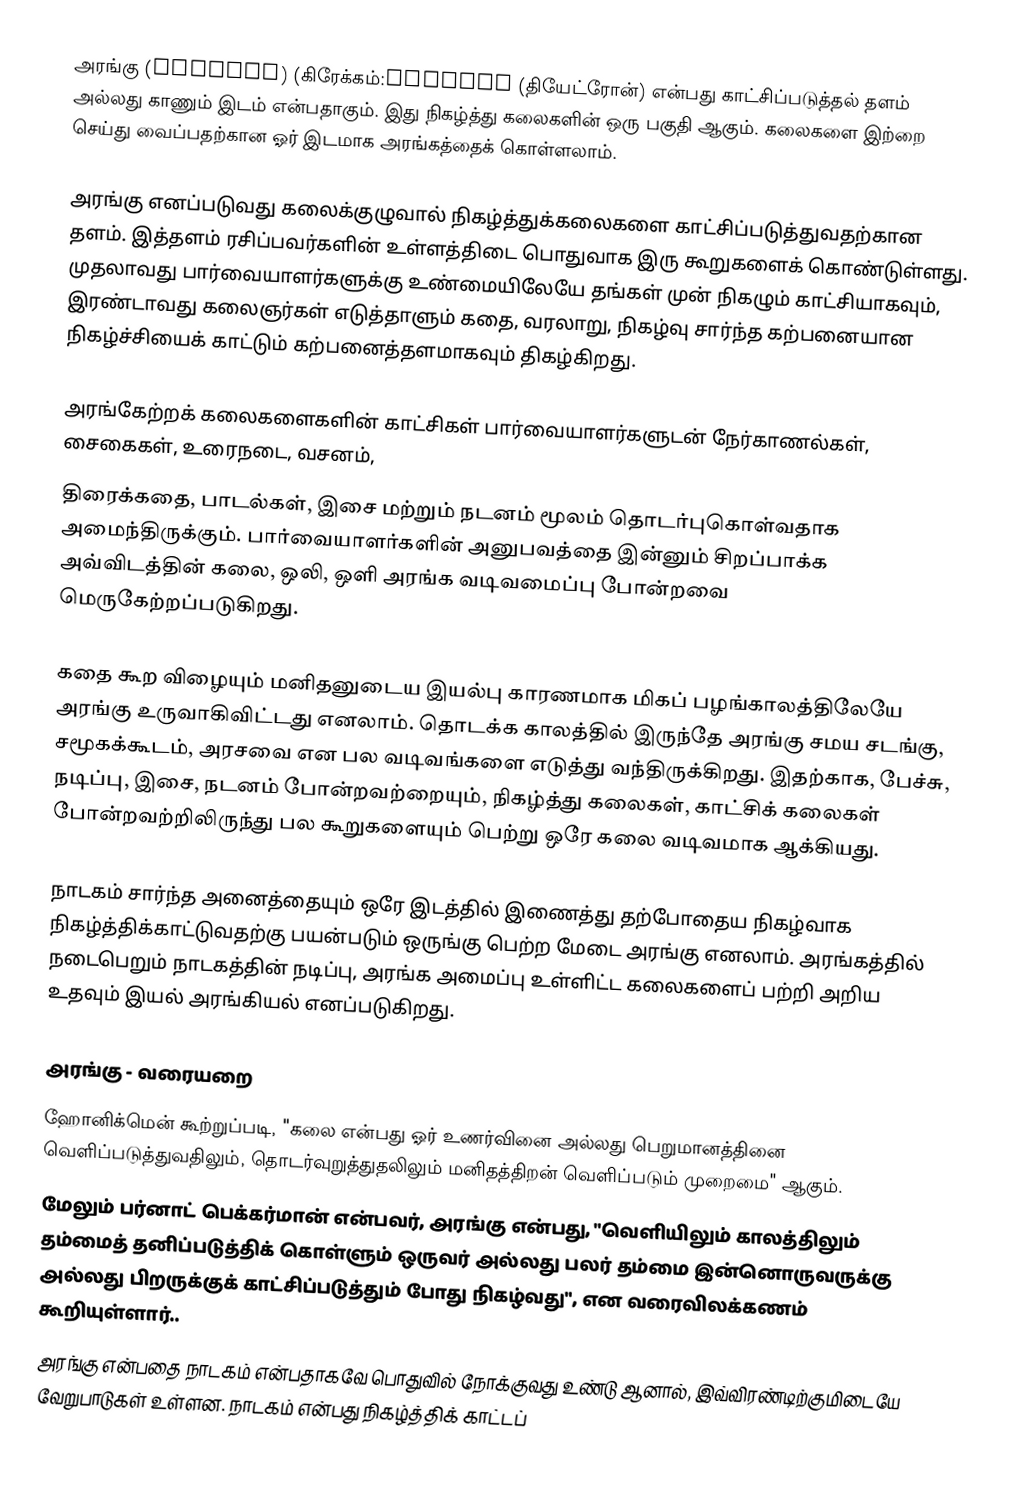
அரங்கு (Theatre) (கிரேக்கம்:θέατρον (தியேட்ரோன்) என்பது காட்சிப்படுத்தல் தளம் அல்லது காணும் இடம் என்பதாகும். இது நிகழ்த்து கலைகளின் ஒரு பகுதி ஆகும். கலைகளை இற்றை செய்து வைப்பதற்கான ஓர் இடமாக அரங்கத்தைக் கொள்ளலாம்.

அரங்கு எனப்படுவது கலைக்குழுவால் நிகழ்த்துக்கலைகளை காட்சிப்படுத்துவதற்கான தளம். இத்தளம் ரசிப்பவர்களின் உள்ளத்திடை பொதுவாக இரு கூறுகளைக் கொண்டுள்ளது. முதலாவது பார்வையாளர்களுக்கு உண்மையிலேயே தங்கள் முன் நிகழும் காட்சியாகவும், இரண்டாவது கலைஞர்கள் எடுத்தாளும் கதை, வரலாறு, நிகழ்வு சார்ந்த கற்பனையான நிகழ்ச்சியைக் காட்டும் கற்பனைத்தளமாகவும் திகழ்கிறது.

அரங்கேற்றக் கலைகளைகளின் காட்சிகள் பார்வையாளர்களுடன் நேர்காணல்கள், சைகைகள், உரைநடை, வசனம்,
திரைக்கதை, பாடல்கள், இசை மற்றும் நடனம் மூலம் தொடர்புகொள்வதாக அமைந்திருக்கும். பார்வையாளர்களின் அனுபவத்தை இன்னும் சிறப்பாக்க அவ்விடத்தின் கலை, ஒலி, ஒளி அரங்க வடிவமைப்பு போன்றவை மெருகேற்றப்படுகிறது.

கதை கூற விழையும் மனிதனுடைய இயல்பு காரணமாக மிகப் பழங்காலத்திலேயே அரங்கு உருவாகிவிட்டது எனலாம். தொடக்க காலத்தில் இருந்தே அரங்கு சமய சடங்கு, சமூகக்கூடம், அரசவை என பல வடிவங்களை எடுத்து வந்திருக்கிறது. இதற்காக, பேச்சு, நடிப்பு, இசை, நடனம் போன்றவற்றையும், நிகழ்த்து கலைகள், காட்சிக் கலைகள் போன்றவற்றிலிருந்து பல கூறுகளையும் பெற்று ஒரே கலை வடிவமாக ஆக்கியது.

நாடகம் சார்ந்த அனைத்தையும் ஒரே இடத்தில் இணைத்து தற்போதைய நிகழ்வாக நிகழ்த்திக்காட்டுவதற்கு பயன்படும் ஒருங்கு பெற்ற மேடை அரங்கு எனலாம். அரங்கத்தில் நடைபெறும் நாடகத்தின் நடிப்பு, அரங்க அமைப்பு உள்ளிட்ட கலைகளைப் பற்றி அறிய உதவும் இயல் அரங்கியல் எனப்படுகிறது.

அரங்கு - வரையறை
 ஹோனிக்மென் கூற்றுப்படி, "கலை என்பது ஓர் உணர்வினை அல்லது பெறுமானத்தினை வெளிப்படுத்துவதிலும், தொடர்வுறுத்துதலிலும் மனிதத்திறன் வெளிப்படும் முறைமை" ஆகும்.
 மேலும் பர்னாட் பெக்கர்மான் என்பவர், அரங்கு என்பது, "வெளியிலும் காலத்திலும் தம்மைத் தனிப்படுத்திக் கொள்ளும் ஒருவர் அல்லது பலர் தம்மை இன்னொருவருக்கு அல்லது பிறருக்குக் காட்சிப்படுத்தும் போது நிகழ்வது", என வரைவிலக்கணம் கூறியுள்ளார்..
 அரங்கு என்பதை நாடகம் என்பதாகவே பொதுவில் நோக்குவது உண்டு ஆனால், இவ்விரண்டிற்குமிடையே வேறுபாடுகள் உள்ளன. நாடகம் என்பது நிகழ்த்திக் காட்டப்